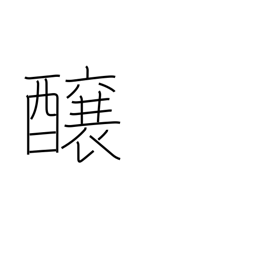
Meaning: brew